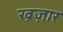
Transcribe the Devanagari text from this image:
ख़ज़ार